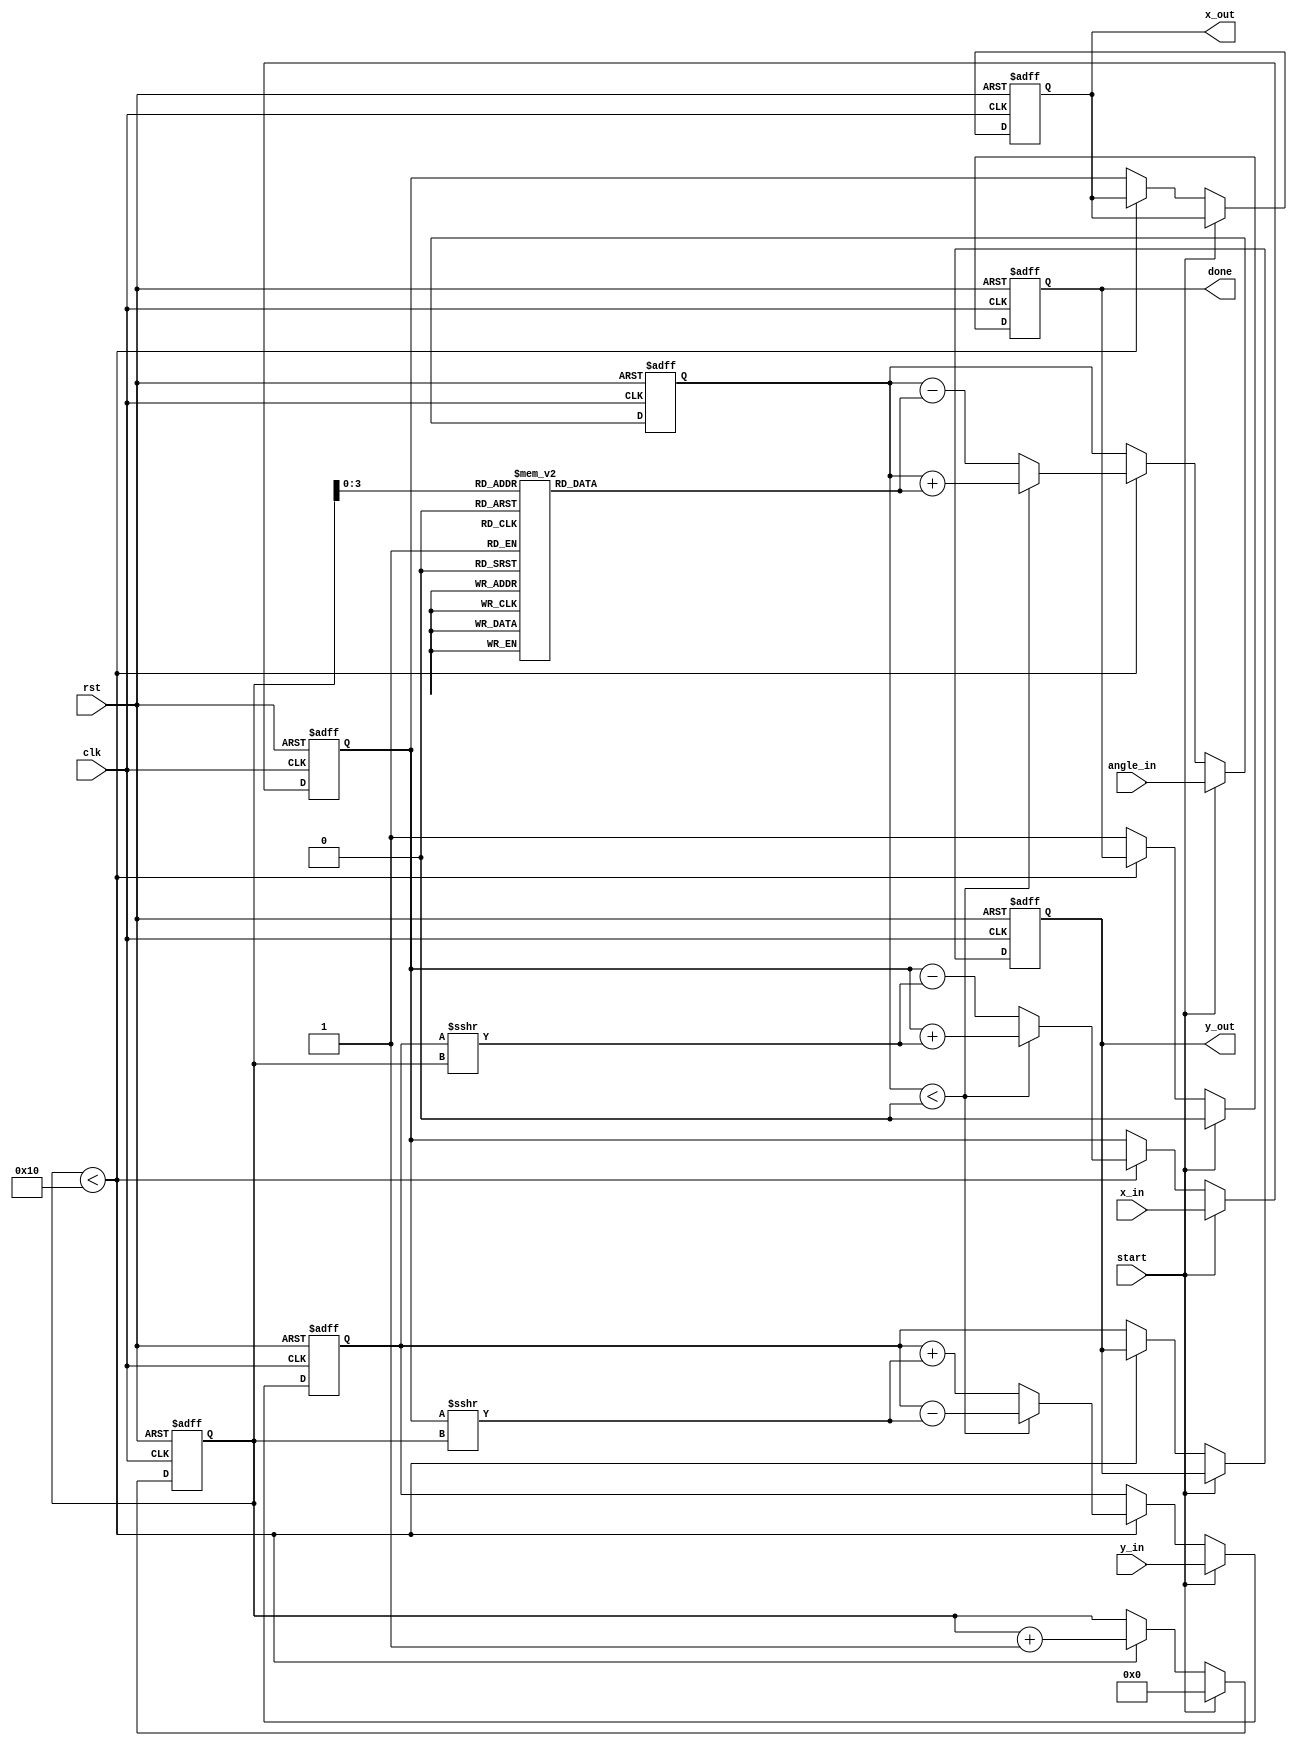
module modified_cordic #(parameter WIDTH = 16, // Input/output width (16 or 32 bits)
                         parameter ITERATIONS = 16 // Number of iterations
                        )(
    input wire clk,
    input wire rst,
    input wire start,
    input wire [WIDTH-1:0] x_in, // Input X coordinate
    input wire [WIDTH-1:0] y_in, // Input Y coordinate
    input wire [WIDTH-1:0] angle_in, // Input angle in radians
    output reg [WIDTH-1:0] x_out, // Output X coordinate
    output reg [WIDTH-1:0] y_out, // Output Y coordinate
    output reg done // Done flag
);

// Control signals
reg [4:0] iteration; // Iteration counter
reg [WIDTH-1:0] x, y; // Internal coordinates
reg [WIDTH-1:0] angle; // Internal angle
reg [WIDTH-1:0] atan_table [0:ITERATIONS-1]; // Lookup table for arctangent values

// Initialize arctangent values (in fixed-point format)
initial begin
    atan_table[0] = 16'h2000; // atan(2^-0)
    atan_table[1] = 16'h1000; // atan(2^-1)
    atan_table[2] = 16'h0800; // atan(2^-2)
    atan_table[3] = 16'h0400; // atan(2^-3)
    atan_table[4] = 16'h0200; // atan(2^-4)
    atan_table[5] = 16'h0100; // atan(2^-5)
    atan_table[6] = 16'h0080; // atan(2^-6)
    atan_table[7] = 16'h0040; // atan(2^-7)
    atan_table[8] = 16'h0020; // atan(2^-8)
    atan_table[9] = 16'h0010; // atan(2^-9)
    atan_table[10] = 16'h0008; // atan(2^-10)
    atan_table[11] = 16'h0004; // atan(2^-11)
    atan_table[12] = 16'h0002; // atan(2^-12)
    atan_table[13] = 16'h0001; // atan(2^-13)
    atan_table[14] = 16'h0000; // atan(2^-14)
    atan_table[15] = 16'h0000; // atan(2^-15)
end

// Control logic
always @(posedge clk or posedge rst) begin
    if (rst) begin
        iteration <= 0;
        x <= 0;
        y <= 0;
        angle <= 0;
        x_out <= 0;
        y_out <= 0;
        done <= 0;
    end else if (start) begin
        iteration <= 0;
        x <= x_in;
        y <= y_in;
        angle <= angle_in;
        done <= 0;
    end else if (iteration < ITERATIONS) begin
        if (angle < 0) begin
            // Rotate clockwise
            x <= x + (y >>> iteration);
            y <= y - (x >>> iteration);
            angle <= angle + atan_table[iteration];
        end else begin
            // Rotate counterclockwise
            x <= x - (y >>> iteration);
            y <= y + (x >>> iteration);
            angle <= angle - atan_table[iteration];
        end
        iteration <= iteration + 1;
    end else begin
        // Output results
        x_out <= x;
        y_out <= y;
        done <= 1;
    end
end

endmodule